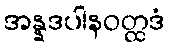
အန္နဒပါနဝတ္ထဒံ